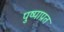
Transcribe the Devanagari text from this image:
पुष्पाप्रत